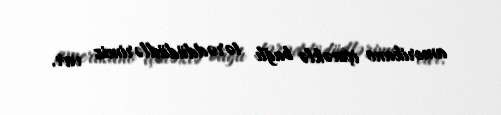
amerikano içməklə bağlı tərəddüdüdlərimiz var.